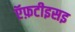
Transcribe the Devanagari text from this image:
ऍफ़टीइसइ